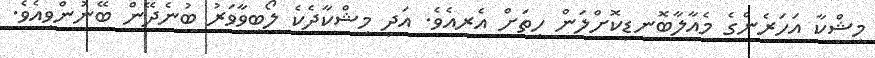
މިޝްކާ އަހަރެންގެ މެއާލާބޮނޑިކޮށްލަން ހިތަށް އެރިއެވެ. އަދި މިޝްކާދެކެ ލޯބިވާވަރު ބުނެދޭން ބޭނުންވިއެވެ.